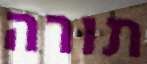
תורה